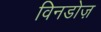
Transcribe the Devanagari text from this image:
विनडोज़